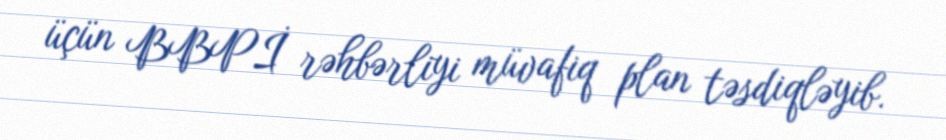
üçün BBPİ rəhbərliyi müvafiq plan təsdiqləyib.